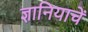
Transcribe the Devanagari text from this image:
ज्ञानियाचें